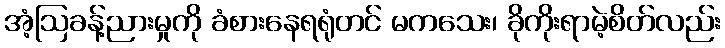
အံ့ဩခန့်ညားမှုကို ခံစားနေရရုံတင် မကသေး၊ ခိုကိုးရာမဲ့စိတ်လည်း